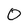
Character: 0